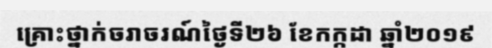
គ្រោះថ្នាក់ចរាចរណ៍ថ្ងៃទី២៦ ខែកក្កដា ឆ្នាំ២០១៩